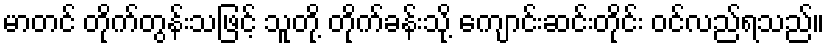
မာတင် တိုက်တွန်းသဖြင့် သူတို့ တိုက်ခန်းသို့ ကျောင်းဆင်းတိုင်း ဝင်လည်ရသည်။